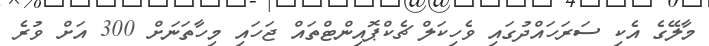
މާލޭގެ އެކި ސަރަހައްދުގައި ވެހިކަލް ޗެކްޕޮއިންޓްތައް ޖަހައި މިހާތަނަށް 300 އަށް ވުރެ